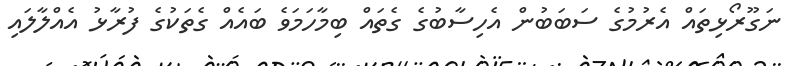
ނަގޫރޯޅިތައް އެރުމުގެ ސަބަބުން އެހިސާބުގެ ގެތައް ބިމާހަމަވެ ބައެއް ގެތަކުގެ ފުރާޅު އެއްލާލައި